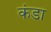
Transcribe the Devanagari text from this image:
कंडा